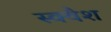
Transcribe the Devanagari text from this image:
स्‍क्‍वैश